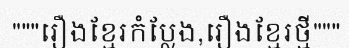
"""រឿងខ្មែរកំប្លែង,រឿងខ្មែរថ្មី"""